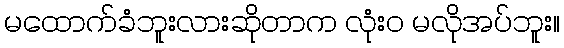
မထောက်ခံဘူးလားဆိုတာက လုံးဝ မလိုအပ်ဘူး။